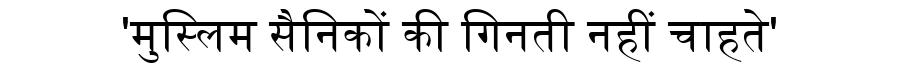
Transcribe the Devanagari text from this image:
'मुस्लिम सैनिकों की गिनती नहीं चाहते'